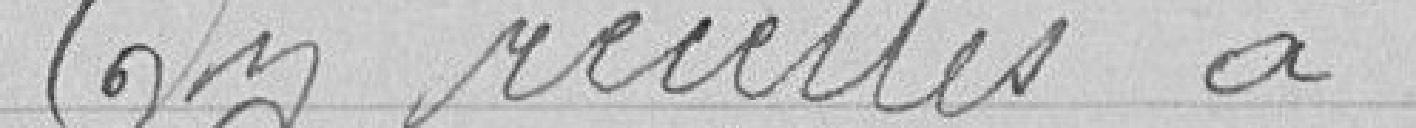
En recettes à